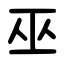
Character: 巫